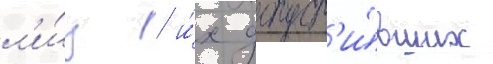
л'и́ц / и́х допуст'и́вших